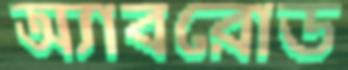
অ্যাবরোড